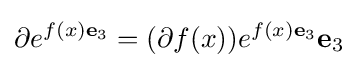
\partial e^{f(x)\mathbf {e} _{3}}=(\partial f(x))e^{f(x)\mathbf {e} _{3}}\mathbf {e} _{3}